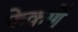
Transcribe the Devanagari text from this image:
फेकणें